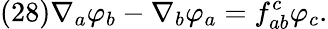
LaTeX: (28)\nabla_{a}\varphi_{b}-\nabla_{b}\varphi_{a}=f_{ab}^{c}\varphi_{c}.